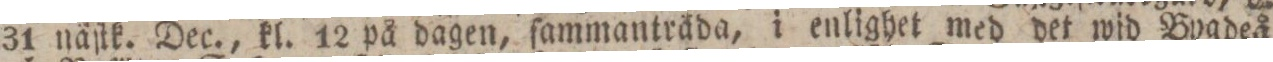
31 näſtk. Dec., kl. 12 på dagen, ſammanträda, i enlighet med det wid Bygdeå